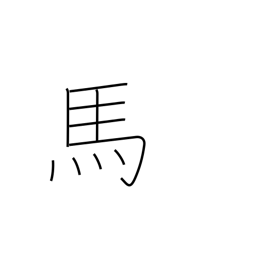
Meaning: horse